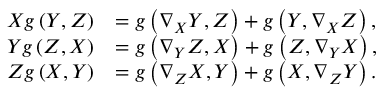
\begin{array} { r l } { X g \left( Y , Z \right) } & { = g \left( \nabla _ { X } Y , Z \right) + g \left( Y , \nabla _ { X } Z \right) , } \\ { Y g \left( Z , X \right) } & { = g \left( \nabla _ { Y } Z , X \right) + g \left( Z , \nabla _ { Y } X \right) , } \\ { Z g \left( X , Y \right) } & { = g \left( \nabla _ { Z } X , Y \right) + g \left( X , \nabla _ { Z } Y \right) . } \end{array}